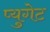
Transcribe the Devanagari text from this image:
प्युगेट